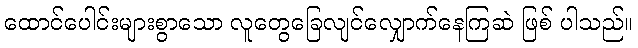
ထောင်ပေါင်းများစွာသော လူတွေခြေလျင်လျှောက်နေကြဆဲ ဖြစ် ပါသည်။